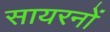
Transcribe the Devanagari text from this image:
सायरनों